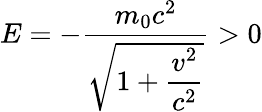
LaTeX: E=-{\frac{m_{0}c^{2}}{\sqrt{1+\displaystyle{\frac{v^{2}}{c^{2}}}}}}>0